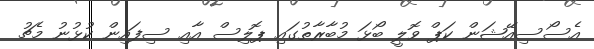
އެސޯސިއޭޝަން ކަޕް ވޮލީ ބޯޅަ މުބާރާތުގައި ޕޮލިސް އާއި ސިފައިން ކުޅުނު މެޗު